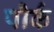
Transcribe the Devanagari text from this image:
पौर्क